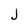
Character: j